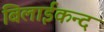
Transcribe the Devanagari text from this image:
बिलाईकन्द